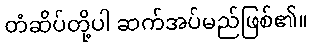
တံဆိပ်တို့ပါ ဆက်အပ်မည်ဖြစ်၏။